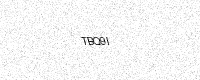
Text: TBQ9I